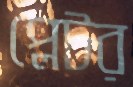
প্লেটর